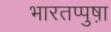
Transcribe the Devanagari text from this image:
भारतप्पुष़ा